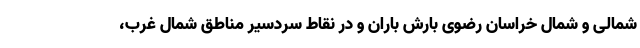
شمالی و شمال خراسان رضوی بارش باران و در نقاط سردسیر مناطق شمال غرب،